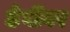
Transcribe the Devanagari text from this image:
ठेवींवर